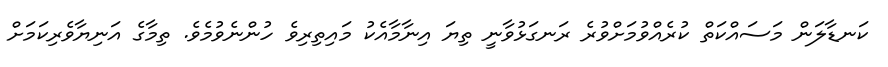
ކަނޑާލަން މަސައްކަތް ކުރެއްވުމަށްވުރެ ރަނގަޅުވާނީ ތިޔަ އިނާމާއެކު މައިތިރިވެ ހުންނެވުމެވެ. ތިމާގެ އަނިޔާވެރިކަމަށް